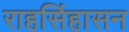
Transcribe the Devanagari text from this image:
राहसिंहासन